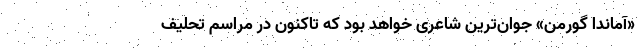
«آماندا گورمن» جوان‌ترین شاعری خواهد بود که تاکنون در مراسم تحلیف